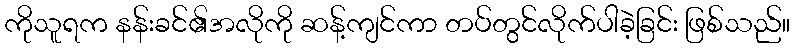
ကိုသူရက နန်းခင်၏အလိုကို ဆန့်ကျင်ကာ တပ်တွင်လိုက်ပါခဲ့ခြင်း ဖြစ်သည်။